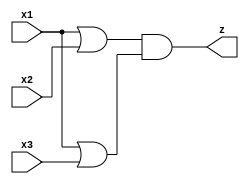
module circuit01(x1, x2, x3, z);
input x1, x2, x3;
output z;
wire w1, w2;

    or a(w1, x1, x2);
    or b(w2, x1, x3);
    and c(z, w1, w2);

endmodule